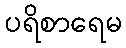
ပရိစာရေမ